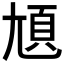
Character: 𡯺